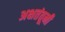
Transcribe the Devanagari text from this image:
अक्षतंतूनी